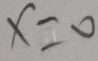
x = 0